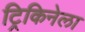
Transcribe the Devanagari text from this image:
ट्रिकिनेला